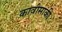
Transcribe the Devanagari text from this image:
कावीसाकी